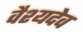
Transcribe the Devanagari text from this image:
वैश्यदेव